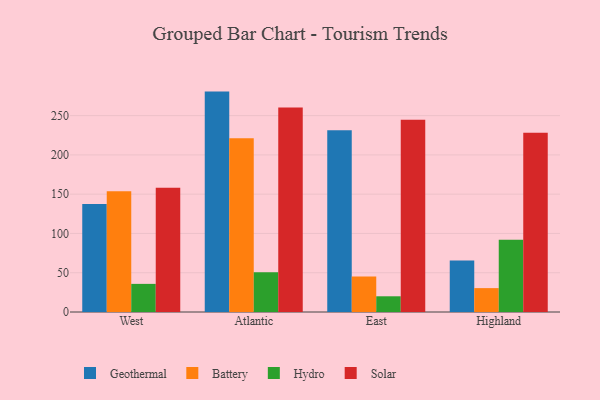
{"axis": {"x": "Region", "y": "Churn Rate (%)"}, "legend": ["Battery", "Geothermal", "Hydro", "Solar"], "data": [{"x": "West", "y": 137.5, "type": "Geothermal"}, {"x": "West", "y": 153.8, "type": "Battery"}, {"x": "West", "y": 35.8, "type": "Hydro"}, {"x": "West", "y": 158.1, "type": "Solar"}, {"x": "Atlantic", "y": 280.6, "type": "Geothermal"}, {"x": "Atlantic", "y": 221.2, "type": "Battery"}, {"x": "Atlantic", "y": 50.5, "type": "Hydro"}, {"x": "Atlantic", "y": 260.5, "type": "Solar"}, {"x": "East", "y": 231.5, "type": "Geothermal"}, {"x": "East", "y": 45.2, "type": "Battery"}, {"x": "East", "y": 20.0, "type": "Hydro"}, {"x": "East", "y": 244.9, "type": "Solar"}, {"x": "Highland", "y": 65.7, "type": "Geothermal"}, {"x": "Highland", "y": 30.4, "type": "Battery"}, {"x": "Highland", "y": 92.0, "type": "Hydro"}, {"x": "Highland", "y": 228.3, "type": "Solar"}]}